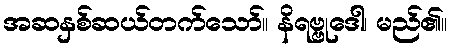
အဆနှစ်ဆယ်တက်သော်။ နိရဗ္ဗုဒေါ၊ မည်၏။